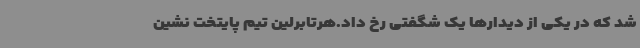
شد که در یکی از دیدارها یک شگفتی رخ داد.هرتابرلین تیم پایتخت نشین